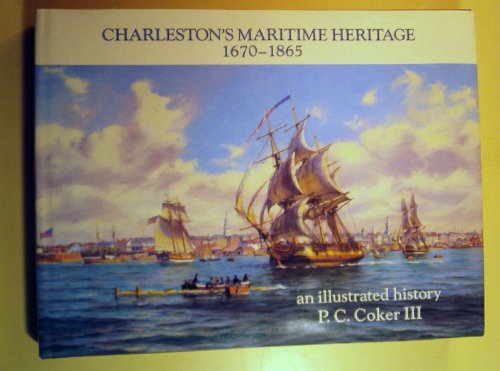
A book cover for Charleston's Maritime Heritage, 1670-1865: An Illustrated History; P. C. Coker; Travel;